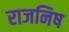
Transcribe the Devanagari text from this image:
राजनिष